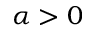
\alpha > 0